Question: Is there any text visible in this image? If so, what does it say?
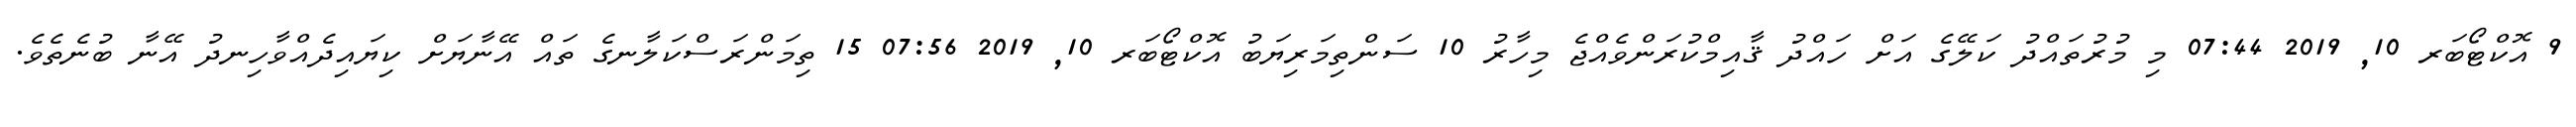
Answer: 9 އޮކްޓޯބަރ 10, 2019 07:44 މި މުރުތައްދު ކަލޭގެ އަށް ހައްދު ޤާއިމްކުރަންވެއްޖެ މިހާރު 10 ސަންތިމަރިޔަބު އޮކްޓޯބަރ 10, 2019 07:56 15 ތިމަންރަސްކަލާނގެ ތައް އޭނާޔަށް ކިޔައިދެއްވާހިނދު އޭނާ ބުނެތެވެ.